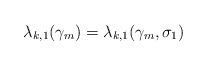
\begin{align*}\lambda_{k,1}(\gamma_m) = \lambda_{k,1}(\gamma_m, \sigma_1)\end{align*}